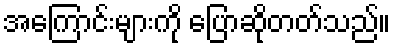
အကြောင်းများကို ပြောဆိုတတ်သည်။